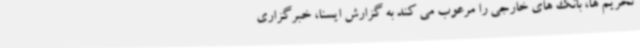
تحریم ها، بانک های خارجی را مرعوب می کند به گزارش ایسنا، خبرگزاری